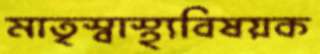
মাতৃস্বাস্থ্যবিষয়ক